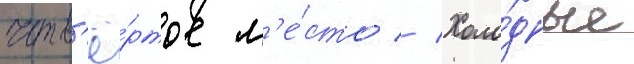
четв'ё́ртое м'е́сто // Холо́дные